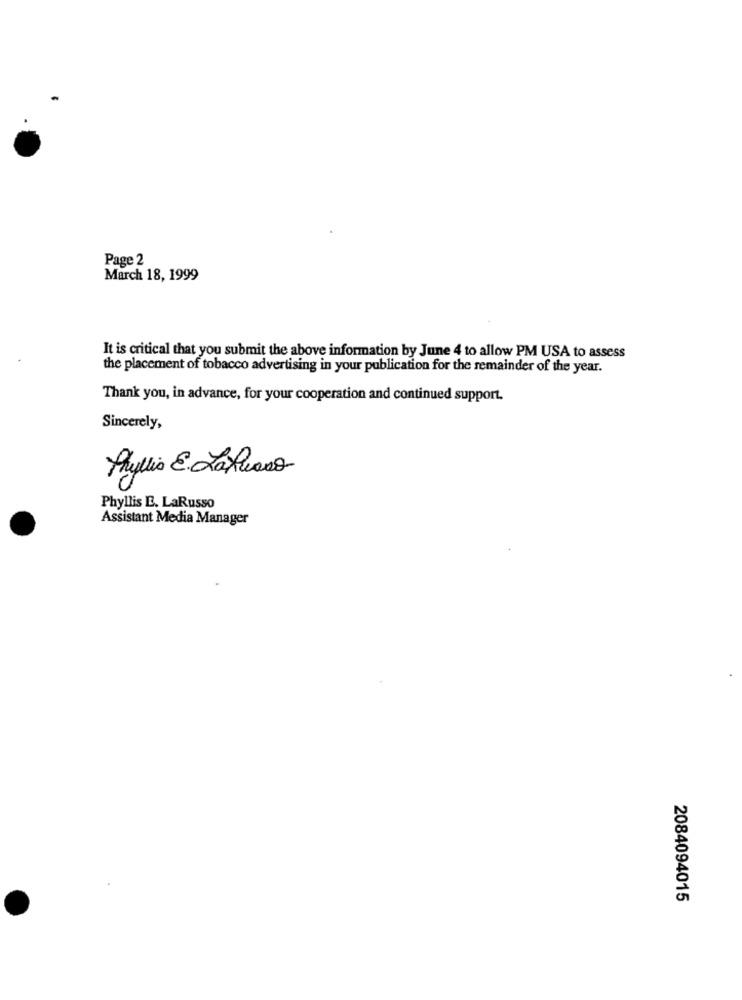
Page 2
March 18, 1999
It is critical that you submit the above information by June 4 to allow PM USA to assess
the placement of tobacco advertising in your publication for the remainder of the year.
Thank you, in advance, for your cooperation and continued support.
Sincerely,
Phyllis E. LaRuano
Phyllis E. LaRusso
Assistant Media Manager
2084094015